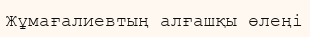
Жұмағалиевтың алғашқы өлеңі